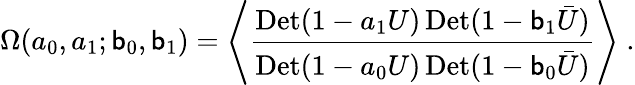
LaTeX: \Omega(a_{0},a_{1};\mathsf{b}_{0},\mathsf{b}_{1})=\left\langle{\frac{{\mathrm{{Det}}(1-a_{1}U)\, \mathrm{{Det}}(1-\mathsf{b}_{1}\bar{{U}})}}{{\mathrm{{Det}}(1-a_{0}U)\, \mathrm{{Det}}(1-\mathsf{b}_{0}\bar{{U}})}}}\right\rangle\; .